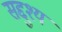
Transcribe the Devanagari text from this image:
सद्दुश्य